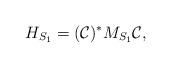
LaTeX: \begin{align*}H_{S_1}=(\mathcal{C})^* M_{S_1}\mathcal{C},\end{align*}